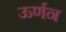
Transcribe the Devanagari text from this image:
ऊर्णन